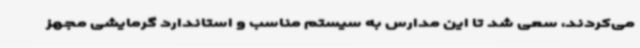
می‌کردند، سعی شد تا این مدارس به سیستم مناسب و استاندارد گرمایشی مجهز